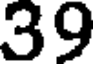
39